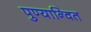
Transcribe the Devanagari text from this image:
पुण्यान्वित